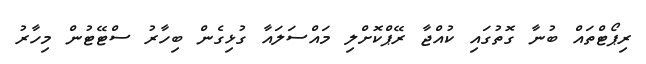
ރިޕޯޓްތައް ބުނާ ގޮތުގައި ކުއްޖާ ރޭޕްކޮށްލި މައްސަލައާ ގުޅިގެން ބިހާރު ސްޓޭޓުން މިހާރު